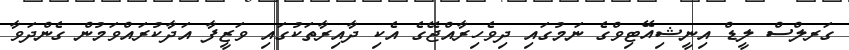
ގަރލްސް ލީޑް އިނީޝިއޭޓިވްގެ ނަމުގައި ދިވެހިރާއްޖޭގެ އެކި ދާއިރާތަކުގައި ވަޒީފާ އަދާކުރައްވަމުން ގެންދަވާ